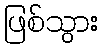
ဖြစ်သွား